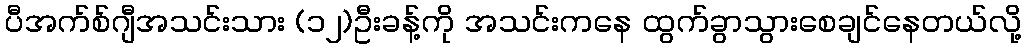
ပီအက်စ်ဂျီအသင်းသား (၁၂)ဦးခန့်ကို အသင်းကနေ ထွက်ခွာသွားစေချင်နေတယ်လို့